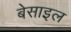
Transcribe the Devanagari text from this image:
बेसाइल